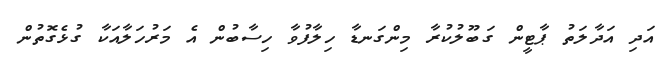
އަދި އަދާލަތު ޕާޓީން ގަބޫލުކުރާ މިންގަނޑާ ހިލާފުވާ ހިސާބުން އެ މަރުހަލާއަކާ ގުޅެގޮތުން